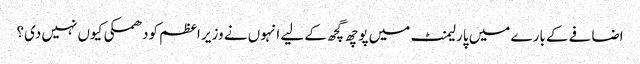
اضافے کے بارے میں پارلیمنٹ میں پوچھ گچھ کے لیے انہوں نے وزیر اعظم کودھمکی کیوں نہیں دی؟